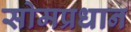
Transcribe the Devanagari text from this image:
सोमप्रधान